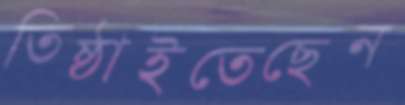
তিষ্ঠাইতেছেন